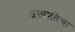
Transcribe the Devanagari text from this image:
अस्पष्टतेचा